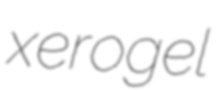
xerogel